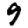
Digit: 9